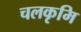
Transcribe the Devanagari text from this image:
चलकृमि